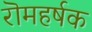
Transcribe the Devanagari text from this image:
रॊमहर्षक